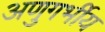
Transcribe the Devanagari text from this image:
अणुगर्भीय